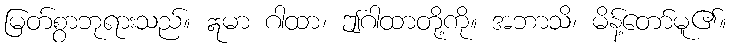
မြတ်စွာဘုရားသည်။ ဣမာ ဂါထာ၊ ဤဂါထာတို့ကို။ အဘာသိ၊ မိန့်တော်မူ၏။